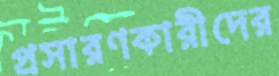
প্রসারণকারীদের